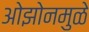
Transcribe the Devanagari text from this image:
ओझोनमुळे